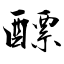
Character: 醥